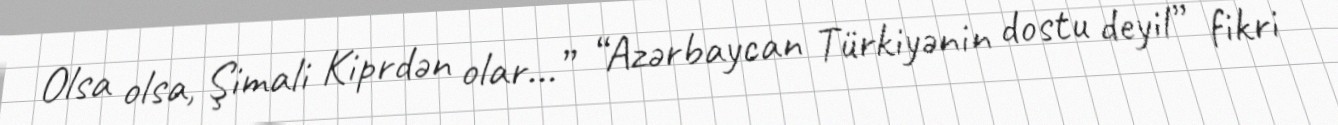
Olsa olsa, Şimali Kiprdən olar…” “Azərbaycan Türkiyənin dostu deyil” fikri